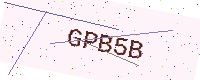
Text: GPB5B